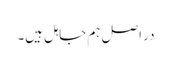
در اصل ہم جاہل ہیں۔